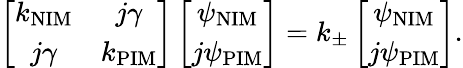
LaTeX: \left[\begin{array}{cc}{k_{\mathrm{NIM}}}&{j\gamma}\\ {j\gamma}&{k_{\mathrm{PIM}}}\end{array}\right]\left[\begin{array}{cc}{\psi_{\mathrm{NIM}}}\\ {j\psi_{\mathrm{PIM}}}\end{array}\right]=k_{\pm}\left[\begin{array}{cc}{\psi_{\mathrm{NIM}}}\\ {j\psi_{\mathrm{PIM}}}\end{array}\right].